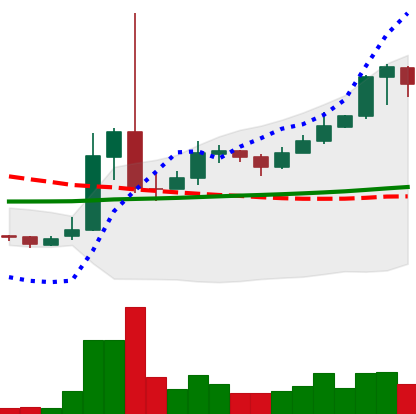
Ticker: XRP-USD
Chart end date: 2021-02-14
Forward return: -4.573%
Label: down_3_5